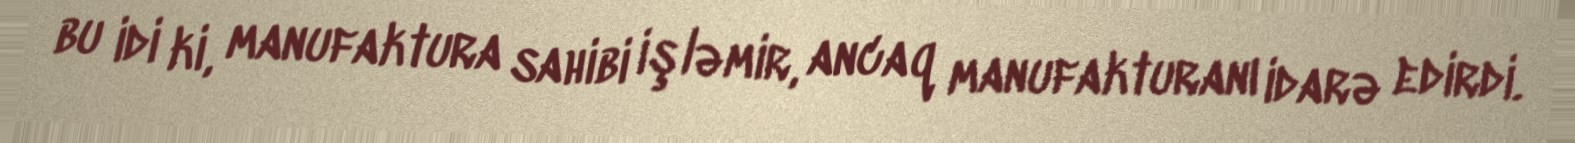
bu idi ki, manufaktura sahibi işləmir, ancaq manufakturanı idarə edirdi.